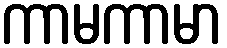
ကာမကာမာ